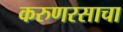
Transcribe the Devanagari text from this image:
करुणरसाचा